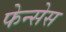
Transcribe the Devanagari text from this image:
फेन्सेस